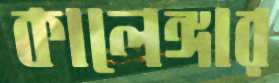
কালেঙ্গার